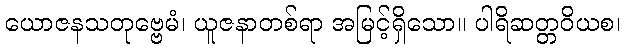
ယောဇနသတုဗ္ဗေမံ၊ ယူဇနာတစ်ရာ အမြင့်ရှိသော။ ပါရိဆတ္တဝိယစ၊